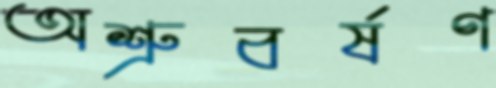
অশ্রুবর্ষণ